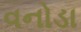
વનોડા